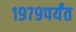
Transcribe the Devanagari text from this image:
१९७९पर्यंत